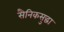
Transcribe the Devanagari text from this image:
सैनिकसुद्धा